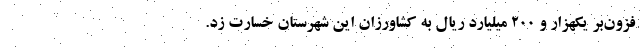
فزون‌بر یکهزار و ۲۰۰ میلیارد ریال به کشاورزان این شهرستان خسارت زد.